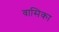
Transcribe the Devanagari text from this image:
वासिका